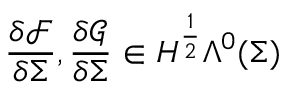
\frac { \delta \mathcal { F } } { \delta \Sigma } , \frac { \delta \mathcal { G } } { \delta \Sigma } \in H ^ { \frac { 1 } { 2 } } \Lambda ^ { 0 } ( \Sigma )